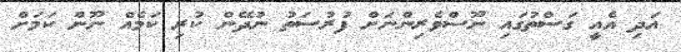
އަދި އެއީ ގަސްތުގައި ނޫސްވެރިންނަށް ފުރުސަތު ނުދޭން ކުރި ކަމެއް ނޫން ކަމަށް